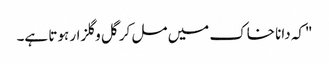
"کہ دانا خاک میں مل کر گل وگلزار ہوتا ہے۔